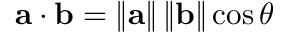
\mathbf { a } \cdot \mathbf { b } = \left\| \mathbf { a } \right\| \left\| \mathbf { b } \right\| \cos \theta